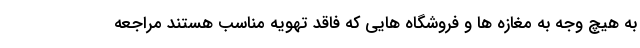
به هیچ وجه به مغازه ها و فروشگاه هایی که فاقد تهویه مناسب هستند مراجعه